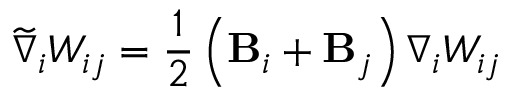
\widetilde { \nabla } _ { i } W _ { i j } = \frac { 1 } { 2 } \left( \mathbf { B } _ { i } + \mathbf { B } _ { j } \right) \nabla _ { i } W _ { i j }